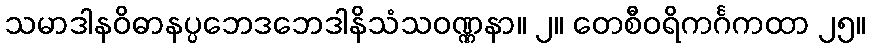
သမာဒါနဝိဓာနပ္ပဘေဒဘေဒါနိသံသဝဏ္ဏနာ။ ၂။ တေစီဝရိကင်္ဂကထာ ၂၅။